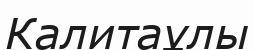
Калитаұлы